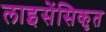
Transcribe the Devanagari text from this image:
लाइसेंसिकृत